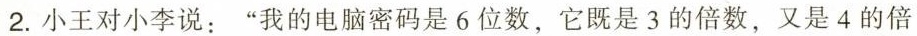
2.小王对小李说：”我的电脑密码是6位数，它既是3的倍数，又是4的倍